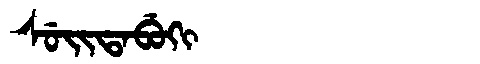
Manchu: ᠰᡠᡳᡨᠠᠪᡠᡴᡳ
Romanization: SUITABUKI